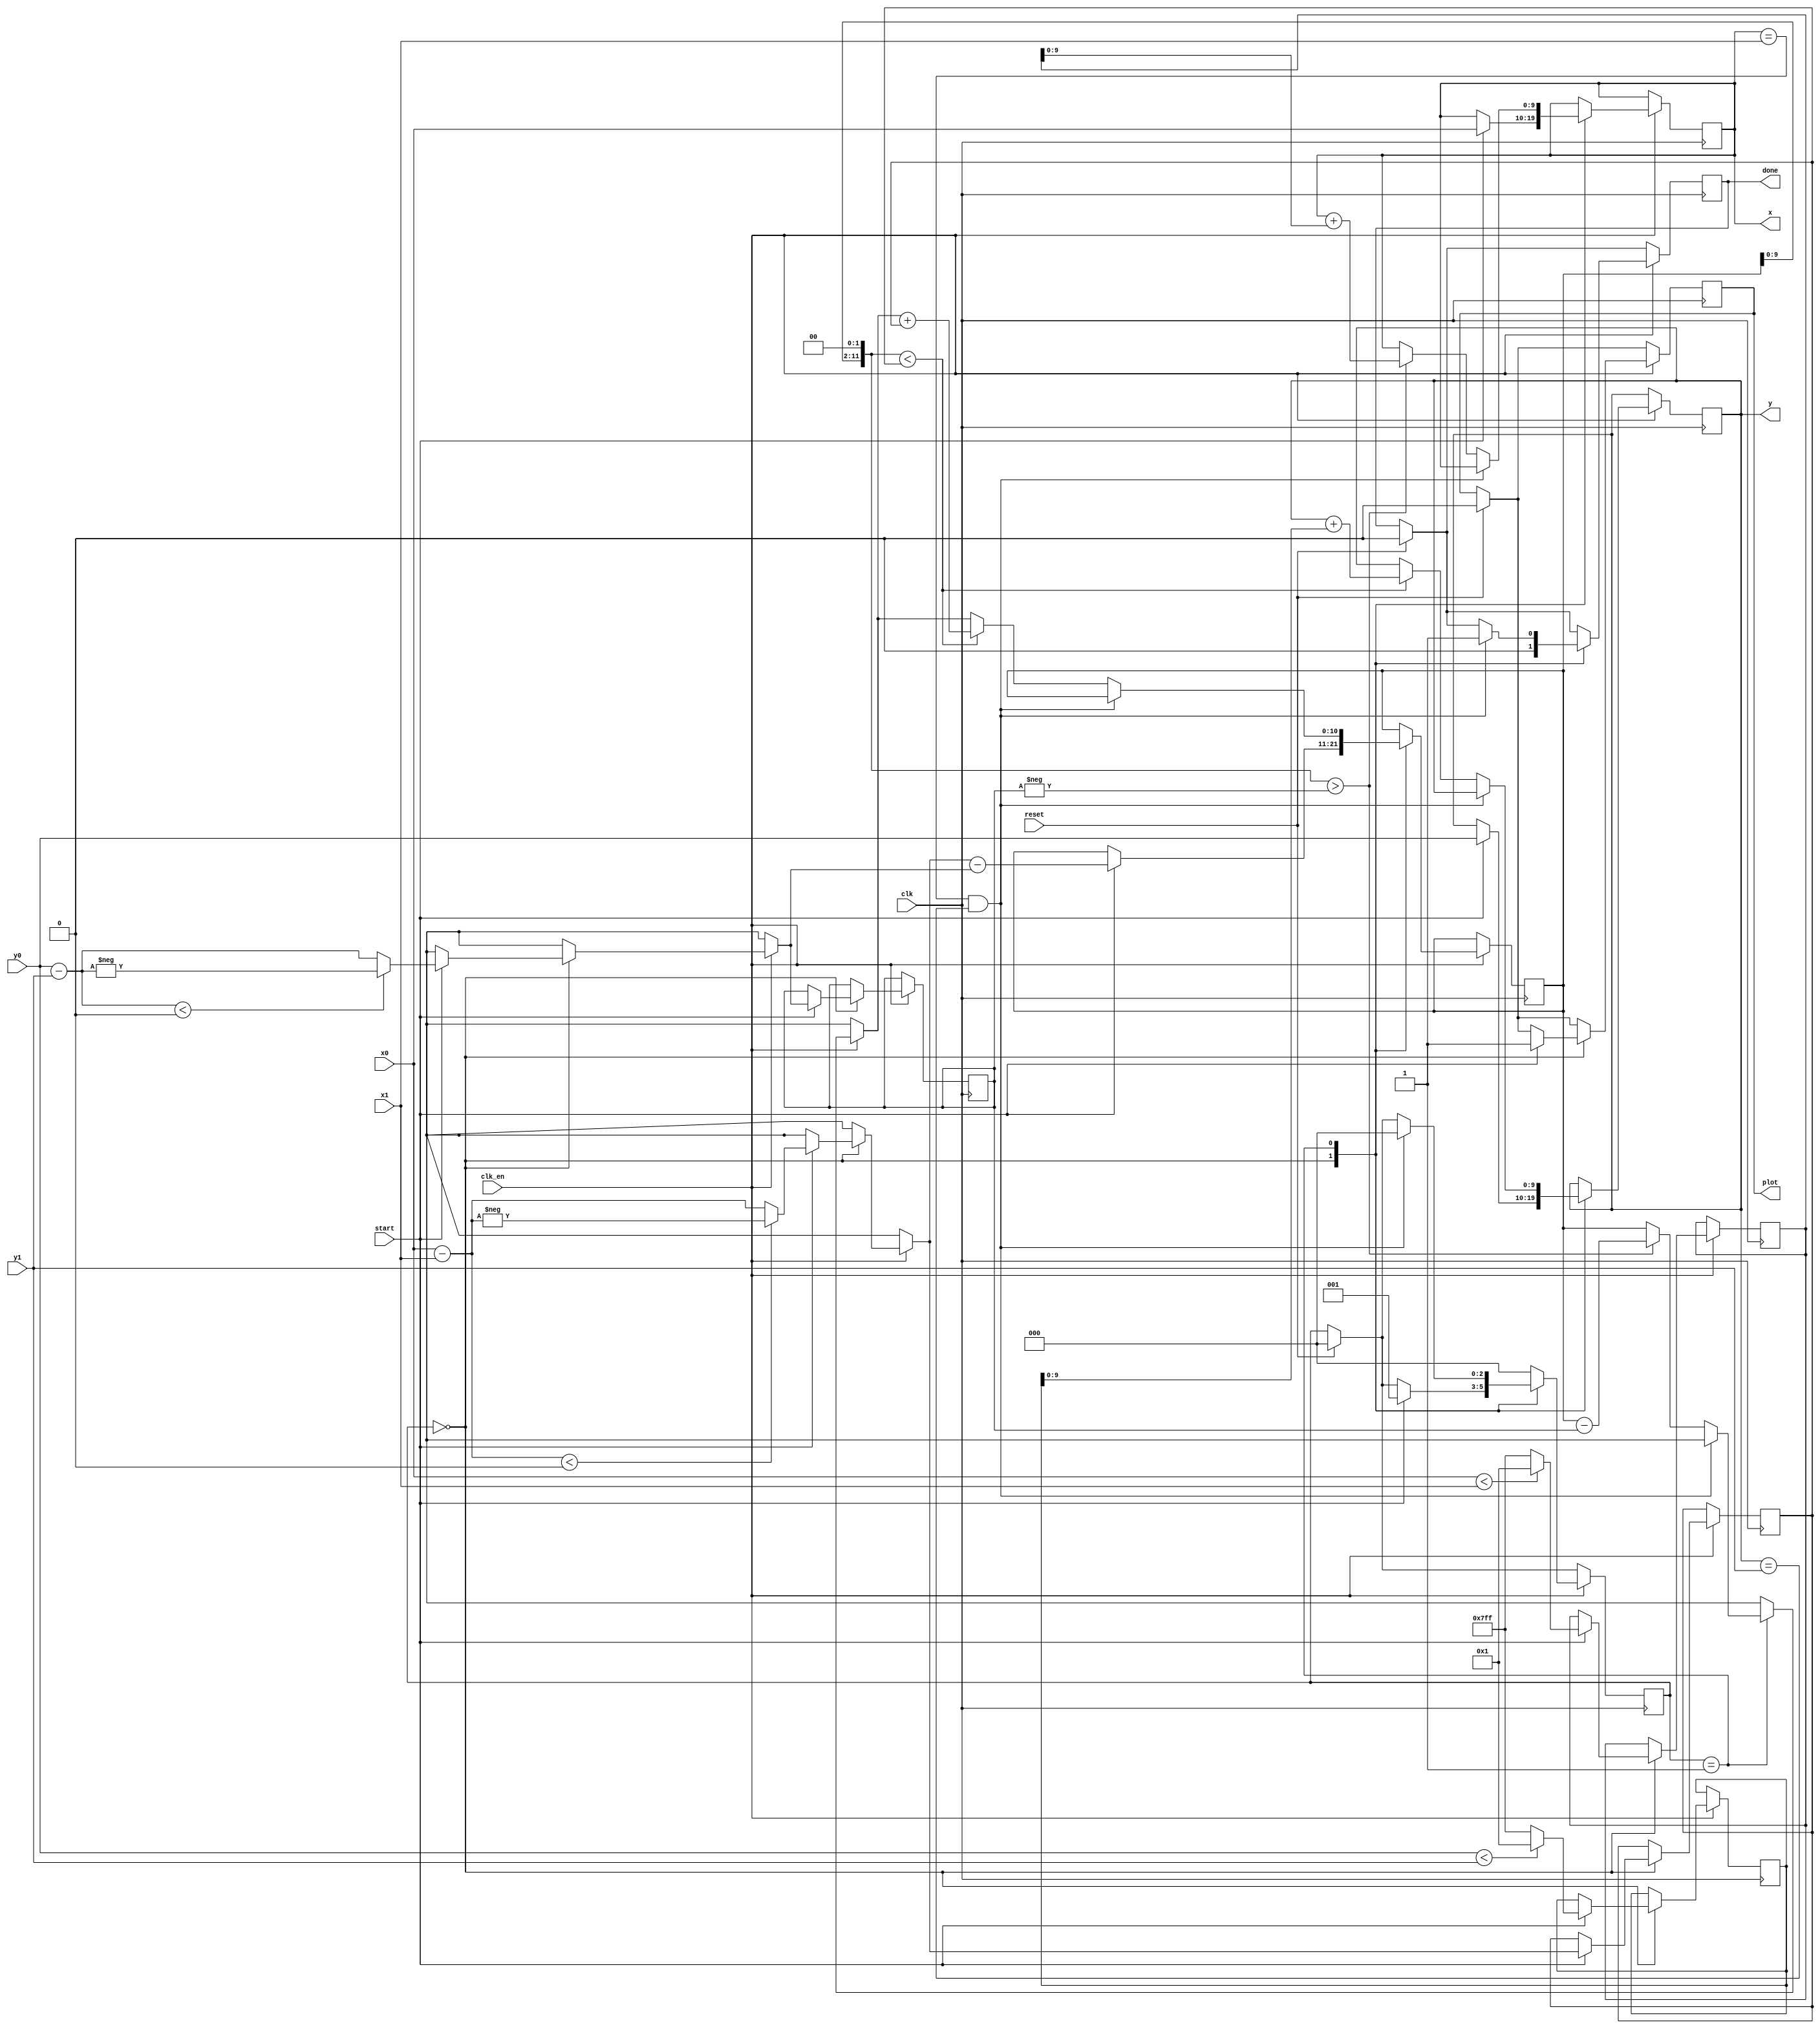
`default_nettype none
module bresenham (
    input wire clk,
    input wire clk_en,
    input wire reset,
    input wire start,
    input wire [9:0] x0,
    input wire [9:0] y0,
    input wire [9:0] x1,
    input wire [9:0] y1,
    output reg plot,
    output reg [9:0] x,
    output reg [9:0] y,
    output reg done);

    reg [2:0] state;
    reg signed [10:0] dx; // one more than input register for the sign bit
    reg signed [10:0] dy;
    reg signed [10:0] sx;
    reg signed [10:0] sy;
    reg signed [10:0] err;
    reg signed [11:0] err2; // has to be twice as large as err reg

    localparam STATE_IDLE = 0;
    localparam STATE_PLOT = 1;

    always @(posedge clk) begin
        if(reset) begin
            done <= 0;
            plot <= 0;
            state <= STATE_IDLE;
        end
        if(clk_en) case(state)
            STATE_IDLE: begin
                done <= 0;
                if(start) begin
                    dx = x0 - x1; // blocking
                    dy = y0 - y1;
                    if(dx < 0) dx = -dx;
                    if(dy < 0) dy = -dy;
                    sx = x0 < x1 ? 1 : -1;
                    sy = y0 < y1 ? 1 : -1; 
                    err = dx - dy;
                    x <= x0;
                    y <= y0;
                    plot <= 1;
                    state <= STATE_PLOT;
                end
            end
            STATE_PLOT: begin
                if(x == x1 && y == y1 ) begin
                    done <= 1;
                    state <= STATE_IDLE;
                end else begin
                    err2 = err << 2;
                    if(err2 > -dy) begin
                        err = err - dy;
                        x <= x + sx;
                    end 
                    if (err2 < dx) begin
                        err = err + dx;
                        y <= y + sy;
                    end
                end
            end
            default:
                state <= STATE_IDLE;
        endcase
    end

endmodule